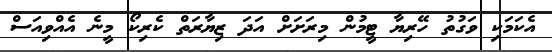
އެކަމަކި ވަގުތު ހޭރިޔާ ޓީމުން މިރަށަށް އަދަ ޒިޔާރަތް ކެރިކޯ މީނެ އެއްވިއަސް